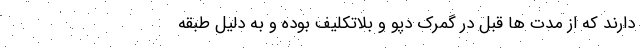
دارند که از مدت ها قبل در گمرک دپو و بلاتکلیف بوده و به دلیل طبقه